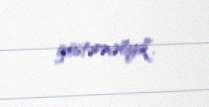
göstərməliyik”.